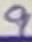
Text: 9